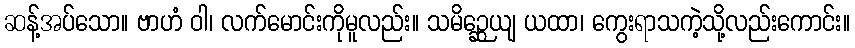
ဆန့်အပ်သော။ ဗာဟံ ဝါ၊ လက်မောင်းကိုမူလည်း။ သမိဉ္ဆေယျ ယထာ၊ ကွေးရာသကဲ့သို့လည်းကောင်း။